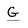
Character: G